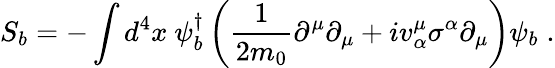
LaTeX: S_{b}=-\int d^{4}x~\psi_{b}^{\dagger}\left(\frac{1}{2m_{0}}\partial^{\mu}\partial_{\mu}+iv_{\alpha}^{\mu}\sigma^{\alpha}\partial_{\mu}\right)\psi_{b}\; .